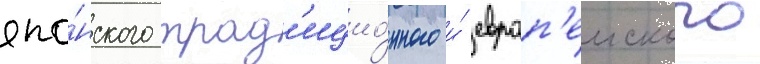
япо́нского трад'ицио́нного и́ европ'еиского